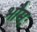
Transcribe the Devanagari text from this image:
भौमः